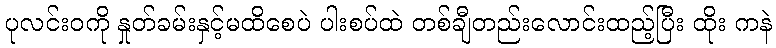
ပုလင်းဝကို နှုတ်ခမ်းနှင့်မထိစေပဲ ပါးစပ်ထဲ တစ်ချီတည်းလောင်းထည့်ပြီး ထိုး ကနဲ